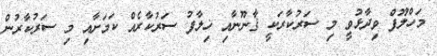
މަހްލޫފް ވިދާޅުވީ މި ސަރުކާރަކީ ޤާނޫނާއި ޚިލާފު ސަރުކާރެއް ކަމަށާއި މި ސަރުކާރުން